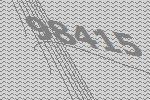
98415